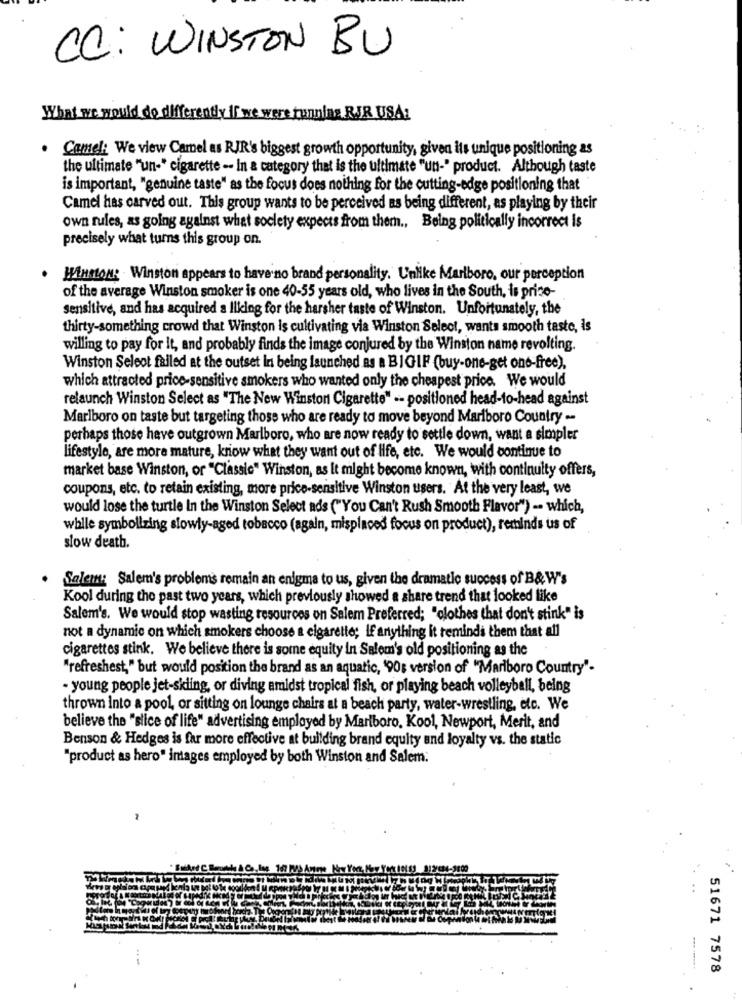
CC: WINSTON BU
What we would do differently if we were tunnlas RJR USA
. Camel: We view Camel as RIR's biggest growth opportunity, given its unique positioning as
the ultimate "un-" cigarette -- In a category that is the ultimate "un-" product. Although taste
is important, "genuine taste" as the focus does nothing for the cutting-edge positioning that
Camel has carved out. This group wants to be perceived as being different, as playing by their
own rules, as going against what society expects from them ., Being politically incorrect is
precisely what turns this group on.
Winston: . Winston appears to have no brand personality. Unlike Marlboro, our perception
of the average Winston smoker is one 40-55 years old, who lives in the South, is price-
sensitive, and has acquired a liking for the harsher taste of Winston. Unfortunately, the
thirty-something crowd that Winston is cultivating via Winston Select, wants smooth taste, is
willing to pay for it, and probably finds the image conjured by the Winston name revolting.
Winston Seleot failed at the outset in being launched as a BIGIF (buy-one-get one-free).
which attracted price-sensitive smokers who wanted only the cheapest price. We would
relaunch Winston Select as "The New Winston Cigarette" -- positioned head-to-head against
Marlboro on taste but targeting those who are ready to move beyond Marlboro Country --
perhaps those have outgrown Marlboro, who are now ready to settle down, want a simpler
lifestyle, are more mature, know what they want out of life, etc. We would continue to
market base Winston, or "Classic" Winston, as It might become known, with continuity offers,
coupons, etc. to retain existing, more price-sensitive Winston users. At the very least, we
would lose the turtle In the Winston Select ads ("You Can't Rush Smooth Flavor") -- which,
while symbolizing slowly-aged tobacco (again, misplaced focus on product), reminds us of
slow death.
Salem: Salem's problems remain an enigma to us, given the dramatic success of B& W's
Kool during the past two years, which previously showed a share trend that looked like
Salem's. We would stop wasting resources on Salem Preferred; "clothes that don't stink" is
not a dynamic on which smokers choose a cigarette; If anything it reminds them that all
cigarettes stink. We believe there is some equity in Salem's old positioning as the
"refreshest," but would position the brand as an aquatic, '90s version of "Marlboro Country".
- young people jet-skiing, or diving amidst tropical fish, or playing beach volleyball, being
thrown into a pool, or sitting on lounge chairs at a beach party, water-wrestling, etc. We
believe the "slice of life" advertising employed by Marlboro. Kool, Newport, Merit, and
Benson & Hedges is far more effective at building brand equity and loyalty vs. the static
"product as hero" intages employed by both Winston and Salem.
51671 7578